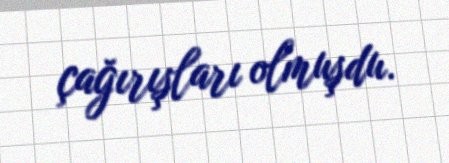
çağırışları olmuşdu.